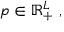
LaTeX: p \in \mathbb { R } _ { + } ^ { L } \ ,